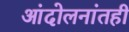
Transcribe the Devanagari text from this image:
आंदोलनांतही